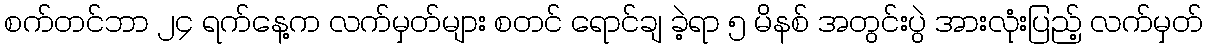
စက်တင်ဘာ ၂၄ ရက်နေ့က လက်မှတ်များ စတင် ရောင်ချ ခဲ့ရာ ၅ မိနစ် အတွင်းပွဲ အားလုံးပြည့် လက်မှတ်